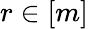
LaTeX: r\in[m]